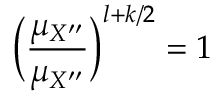
\Big ( \frac { \mu _ { X ^ { \prime \prime } } } { \mu _ { X ^ { \prime \prime } } } \Big ) ^ { l + k / 2 } = 1